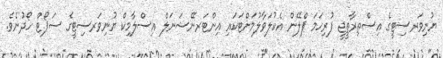
ޔުނިވަރސިޓީގެ އިސްތިރާތީޖީ ފުރިހަމަ ޕްލޭން އެކުލަވާލުމަށްޓަކައި އިންޓަރނޭޝަނަލް އިސްލާމިކް ޔުނިވަރސިޓީގެ ސަޕޯޓް ހޯދުނެވެ.